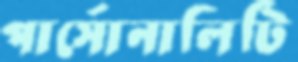
পার্সোনালিটি